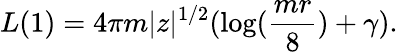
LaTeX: L(1)=4\pi m|z|^{1/2}(\log({\frac{mr}{8}})+\gamma).